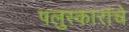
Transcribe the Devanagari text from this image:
पलुस्कारांचे